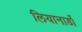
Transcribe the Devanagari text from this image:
लियानार्डो